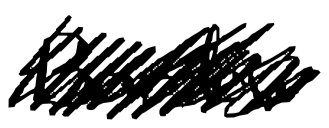
Text: Barlow
Cross-out: scratch
Writing tool: digital_black